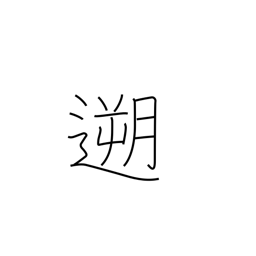
Meaning: go upstream